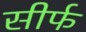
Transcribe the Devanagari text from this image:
सीर्फ